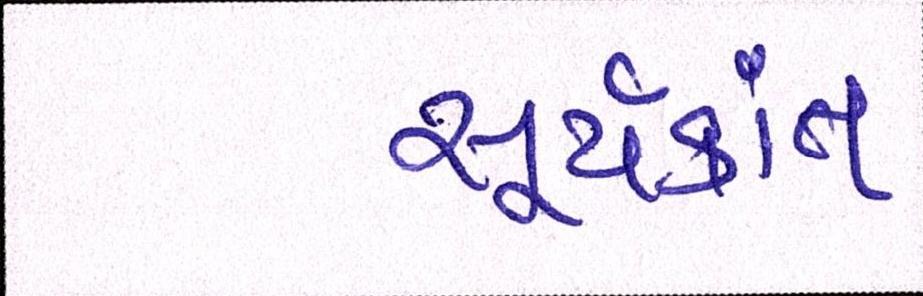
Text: સૂર્યકાંત